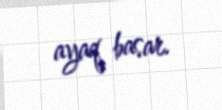
ayaq basar.